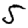
Digit: 5